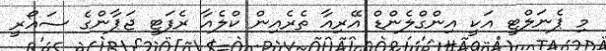
މި ޕެނަލްޓީ އަކީ އިންގްލެންޑް އޭރިއާ ތެރެއިން ކްލެއާ ރެފަޓީ ޖަޕާންގެ ސައޯރީ